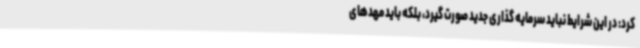
کرد: در این شرایط نباید سرمایه گذاری جدید صورت گیرد، بلکه باید مهدهای